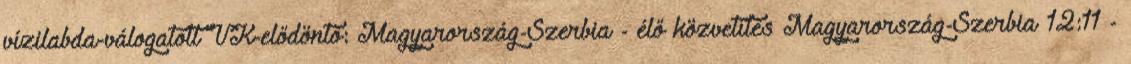
vízilabda-válogatott VK-elődöntő: Magyarország-Szerbia - élő közvetítés Magyarország-Szerbia 12:11 -